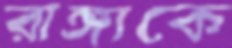
রাঙ্গাকে